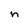
Character: n